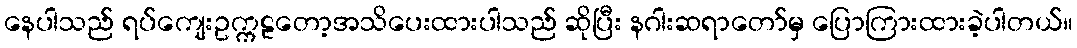
နေပါသည် ရပ်ကျေးဥက္ကဠတော့အသိပေးထားပါသည် ဆိုပြီး နဂါးဆရာတော်မှ ပြောကြားထားခဲ့ပါတယ်။